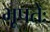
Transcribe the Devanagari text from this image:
भूपतेः